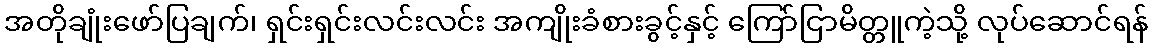
အတိုချုံးဖော်ပြချက်၊ ရှင်းရှင်းလင်းလင်း အကျိုးခံစားခွင့်နှင့် ကြော်ငြာမိတ္တူကဲ့သို့ လုပ်ဆောင်ရန်